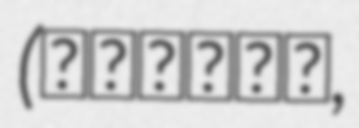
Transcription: (打出浜の戦い,